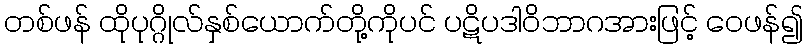
တစ်ဖန် ထိုပုဂ္ဂိုလ်နှစ်ယောက်တို့ကိုပင် ပဋိပဒါဝိဘာဂအားဖြင့် ဝေဖန်၍